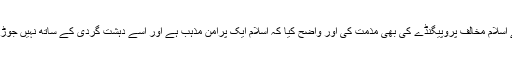
انھوں نے اسلام مخالف پروپیگنڈے کی بھی مذمت کی اور واضح کیا کہ اسلام ایک پرامن مذہب ہے اور اسے دہشت گردی کے ساتھ نہیں جوڑنا چاہیے۔